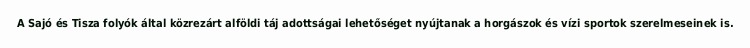
A Sajó és Tisza folyók által közrezárt alföldi táj adottságai lehetőséget nyújtanak a horgászok és vízi sportok szerelmeseinek is.